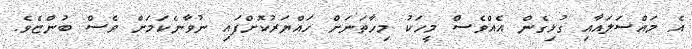
އެ މައްސަލައާއި ގުޅިގެން އެއްވެސް މީހަކު މިހާތަނަށް ހައްޔަރުކޮށްފައި ނުވާނެކަމަށް ވެސް ބުންޏެވެ.